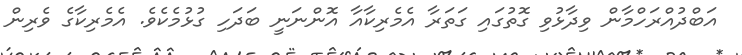
އަބްދުއްރަހްމާން ވިދާޅުވި ގޮތުގައި ގަތަރާ އެމެރިކާއާ އޮންނަނީ ބަދަހި ގުޅުމެކެވެ. އެމެރިކާގެ ވެރިން